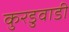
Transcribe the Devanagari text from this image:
कुरडुवाडी